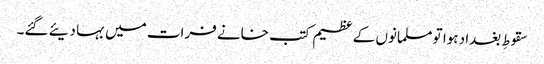
سقوطِ بغداد ہوا تو مسلمانوں کے عظیم کتب خانے فرات میں بہا دیئے گئے۔